Lunatic asylums Bombay report 1891-1903 - 1891-1903
Year: 1891
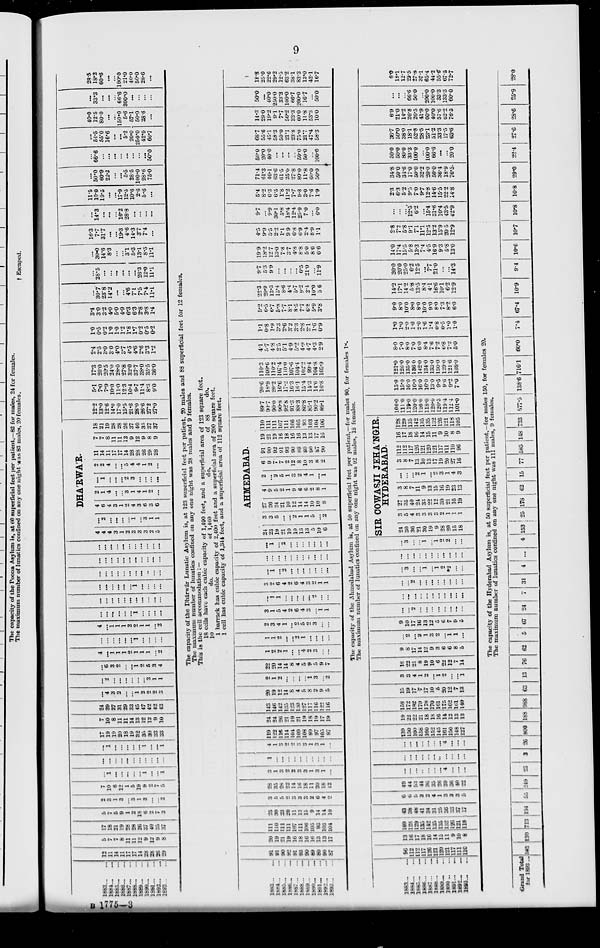
9
1883 ... ...
1884 ... ...
1885 ... ...
1886 ... ...
1887 ... ...
1888 ... ...
1889 ... ...
1890 ... ...
1891 ... ...
1892 ... ...
1893 ... ...
12
11
14
11
17
17
14
28
28
26
29
5
7
7
8
11
11
12
9
12
9
8
17
18
21
19
28
28
26
37
40
35
37
5
7
5
9
1
2
18
6
2
7
3
2
3
1
3
...
3
1
3
...
...
2
7
10
6
12
1
5
19
9
2
7
5
...
1
...
...
...
...
...
1
...
...
1
...
...
...
...
...
...
...
...
...
...
...
...
1
...
...
...
...
...
1
...
...
1
17
19
19
20
18
19
32
35
30
33
33
7
10
8
11
11
14
13
12
12
9
10
24
29
27
31
29
33
45
47
42
42
43
...
4
3
2
...
...
1
2
2
2
3
...
2
...
...
...
...
...
...
3
1
1
...
6
8
2
...
...
1
2
5
3
4
4
...
1
1
1
2
1
1
1
...
2
...
...
...
...
...
...
1
...
...
...
...
4
...
1
1
1
2
2
1
1
...
2
...
...
...
...
...
...
1
...
...
...
...
...
...
...
...
...
...
...
...
...
...
...
...
...
...
...
...
...
1
...
...
...
...
...
...
...
...
...
...
...
...
...
...
...
...
...
...
...
...
...
...
...
...
...
...
...
...
...
...
...
...
...
...
...
...
...
DHA'RWA'R.
4
4
4
3
1
2
3
3
3
2
5
...
2
...
...
...
...
1
...
3
1
1
4
6
4
3
1
2
4
3
6
3
6
2
1
4
...
...
3
1
4
1
2
...
...
1...
...
...
...
2
3
...
...
...
...
2
2
4
...
...
5
4
4
1
2
...
11
14
11
17
17
14
28
28
26
29
28
7
7
8
11
11
12
9
12
9
8
9
18
21
19
28
28
26
37
40
35
37
37
12.2
13.0
12.6
14.0
17.0
15.5
21.6
28.0
26.6
27.2
27.0
5.1
7.0
7.9
10.0
11.0
12.3
10.4
9.7
11.4
8.3
9.0
17.3
20.0
20.5
24.0
28.0
27.8
32.0
37.7
38.0
35.5
36.0
2.4
2.5
3.0
3.0
4.0
3.7
4.5
4.6
2.6
3.3
1.2
1.0
0.5
0.2
1.0
1.0
1.2
1.8
1.7
0.2
0.5
0.2
3.4
3.0
3.2
4.0
5.0
4.9
6.3
6.3
2.8
3.8
1.4
...
30.7
23.8
14.2
...
...
4.6
7.1
7.5
7.4
11.1
...
28.5
...
...
...
...
...
...
26.3
12.0
11.1
...
30.0
14.6
8.3
...
...
3.1
5.3
13.1
8.5
11.1
16.3
7.7
31.7
...
...
19.3
4.6
14.3
3.7
7.4
...
...
14.3
...
...
...
16.2
28.8
...
...
...
...
11.5
10.0
19.5
...
...
17.9
12.5
10.6
2.6
5.6
...
...
50.0
60.9
22.2
...
...
5.5
28.5
100.0
28.6
75.0
...
66.6
...
...
...
...
...
...
...
...
50.0
...
54.5
55.0
16.6
...
...
5.2
20.0
250.0
42.9
66.7
40.0
12.5
80.0
...
...
150.0
5.6
57.1
50.0
28.6
...
...
33.3
...
...
...
66.6
300.0
...
...
...
...
28.5
18.2
60.6
...
...
100. 0
21.0
40.0
50.0
28.6
...
The capacity of the Dhárwár Lunatic Asylum is, at 123 superficial feet per patient, 20 males and 88 superficial feet for 12 females.
The maximum number of lunatics confined on any one night was 28 males and 9 females.
This is the cell accommodation :—
18 cells have each cubic capacity of 1,490 feet, and a superficial area of 123 square feet.
10
do.
of 1,460
do.
of 88
do.
1 barrack has cubic capacity of 2,400 feet and a superficial area of 200 square feet.
1 cell has cubic capacity of 1,344 feet, and a superficial area of 112 square feet.
1883 ...
1884 ...
1885 ...
l886 ...
1887 ...
1888 ...
1889 ...
1890 ...
1891 ...
1892 ...
1893 ...
...
...
...
...
...
...
...
...
...
...
...
91
91
90
92
91
93
90
89
80
90
87
20
19
21
19
16
18
16
16
13
13
17
111
110
111
111
107
111
106
105
93
103
104
25
30
23
20
11
13
15
9
14
14
10
3
5
5
2
3
3
3
2
6
4
2
28
35
28
22
14
16
18
11
20
18
12
3
1
3
2
2
3
3
1
3
1
...
1
...
...
...
...
...
...
...
...
...
...
4
1
3
2
2
3
3
1
3
1
...
119
122
116
114
104
109
108
99
97
105
97
24
24
26
21
19
21
19
18
19
17
19
143
146
142
135
123
130
127
117
116
122
116
20
19
12
14
8
4
5
8
2
9
5
2
1
2
...
...
...
...
1
3
...
2
22
20
14
14
8
4
5
9
5
9
7
1
2
2
1
...
...
4
2
3
...
...
1
1
2
...
...
2
1
...
...
...
...
2
3
4
1
...
2
5
2
3
...
...
3
1
5
4
2
6
4
3
...
1
1
...
1
1
...
...
...
...
...
2
...
...
3
2
6
4
2
6
4
3
2
1
1
...
1
...
2
...
...
...
...
...
...
...
...
...
...
...
...
...
...
...
...
...
...
...
1
...
2
...
...
...
...
...
...
...
AHMEDABAD.
24
23
19
21
10
10
13
13
5
10
6
3
3
5
...
...
2
1
1
5
...
2
27
26
24
21
10
12
14
14
10
10
8
4
9
5
2
1
9
6
6
2
8
1
2
...
2
5
1
3
2
4
1
...
1
6
9
7
7
2
12
8
10
3
8
2
91
90
92
91
93
90
89
80
90
87
90
19
21
19
16
18
16
16
13
13
17
16
110
111
111
107
111
106
105
93
103
104
106
89.7
90.7
90.0
90.8
92.8
91.3
88.3
86.8
85.1
90.2
89.1
20.6
18.9
20.2
16.6
17.2
16.3
16.1
15.4
14.3
14.6
16.8
110.3
109.6
110.2
107.4
110.0
107.6
104.4
102.2
99.4
104.8
105.9
4.1
5.7
4.8
2.5
5.1
4.9
5.2
4.9
4.7
4.3
2. 9
1.1
0.8
1.9
3.3
2.6
3.2
3.3
2.8
2.1
1.6
0.9
5.2
6.5
6.7
5.8
7.7
8.1
8.5
7.7
6.8
5.9
3.8
22.3
20.9
13.3
15.4
8.6
4.4
5.7
9.2
2.4
10.0
5.6
9.7
5.3
9.9
...
...
...
...
6.5
21.0
...
11.9
19.9
18.2
12.7
13.0
7.3
3.7
4.8
8.8
5.0
8.6
6.6
4.5
9.9
5.5
2.2
1.1
9.9
6.8
6.9
2.4
8.9
1.1
9.7
...
9.9
30.1
5.8
18.4
12.4
25.9
7 .0
...
6.0
5.4
8.2
6.3
6.5
1.8
11.2
7.7
9.8
3.0
7.6
1.9
71.4
61.3
46.1
63.6
61.5
25.6
27.8
80.0
11.8
60.0
50.0
50.0
20.0
40.0
...
...
...
...
50.0
50.0
...
100.0
68.7
55.6
45.1
58.3
50.0
21.1
23.8
75.0
21.7
47.4
58.3
14.3
29.0
19.2
9.1
7.7
56.2
33.3
60.0
11.8
53.3
10.0
50.0
...
40.0
250.0
33.3
100.0
66.7
200.0
16.7
...
50.0
18.8
25.0
22.6
29.2
12.5
63.2
38.1
83.3
13.0
42.1
16.7
The capacity of the Ahmedabad Asylum is, at 50 superficial feet per patient,—for males 90, for females 18.
The maximum number of lunatics confined on any one night was 92 males, 18 females.
1883 ... ...
1884 ... ...
1885 ... ...
1886 ... ...
1887 ... ...
1888 ... ...
1889 ... ...
1890 ... ...
1891 ... ...
1892 ... ...
1893 ... ...
96
112
112
117
126
121
120
121
117
111
110
13
16
17
18
16
14
15
11
9
10
8
109
128
129
135
142
135
135
132
126
121
118
43
38
48
41
34
31
25
36
33
37
17
6
6
5
3
2
4
1
3
3
3
5
49
44
53
44
36
35
26
39
36
40
22
...
...
...
...
...
...
...
4
...
...
...
...
...
...
...
...
...
...
...
...
...
...
...
...
...
...
...
...
...
4
...
...
...
139
150
160
158
160
152
145
161
150
148
127
19
22
22
21
18
18
16
14
12
13
13
158
172
182
179
178
170
161
175
162
161
140
15
19
17
7
17
10
5
20
12
7
13
3
3
4
1
2
...
1
2
...
...
1
18
22
21
8
19
10
6
22
12
7
14
9
8
17
14
12
9
3
6
6
8
5
...
2
...
2
1
3
2
...
1
1
...
9
10
17
16
13
12
5
6
7
9
5
...
...
2
...
...
...
...
...
...
...
...
...
...
...
...
...
...
...
...
...
...
...
...
...
2
...
...
...
...
...
...
...
...
...
3
...
...
1
...
1
2
*2
...
...
...
...
...
...
...
...
...
...
...
...
...
...
3
...
...
1
...
1
2
2
...
...
SIR COWASJI JEHA'NGIR,
HYDERABAD.
24
30
36
21
30
19
9
28
20
15
18
3
5
4
3
3
3
3
2
1
1
1
27
35
40
24
33
22
12
30
21
16
19
3
8
7
11
9
13
15
16
19
23
13
...
...
...
2
1
...
2
3
1
4
3
3
8
7
13
10
13
17
19
20
27
16
112
112
117
126
121
120
121
117
111
110
96
16
17
18
16
14
15
11
9
10
8
9
128
129
135
142
135
135
132
126
121
118
105
106.0
111.0
119.0
120.0
126.0
118.0
120.0
120.5
119.4
112.4
101.0
15.0
15.0
16.0
16.0
16.0
16.0
13.0
9.5
9.6
9.2
7.0
121.0
126.0
135.0
136 0
142.0
134.0
133.0
130.0
129.0
121.6
108.0
8.0
7.0
8.0
7.0
6.0
8.4
7.6
7.2
6.8
7.2
5.0
1.0
1.0
2.0
1.0
2.0
1.6
1.4
0.8
0.5
1.0
1.0
9.0
8.0
10.0
8.0
8.0
100
90
8.0
73
8.2
6.0
14.2
17.1
14.2
5.8
13.5
8.4
4.1
16.6
10.0
6.2
12.9
20.0
20.0
25.0
6.2
12.5
...
7.7
21.0
...
...
14.3
14.0
17.4
15.5
5.8
13.3
7.4
4.5
16.9
9.3
5.8
13.0
2.8
7.2
5.8
9.1 7.1
11.1
12.5
13.2
15.9
20.5
12.9
...
...
...
12.5
6.2
...
15.4
31.6
10.4
43.5
42.9
2.3
6.3
5.2
3.5 7.0
9.7
12.8
14.6
15.5
22.2
14.8
34.8
50.0
34.6
17.0
50.0
32.2
20.0
50.0
36.4
18.9
76.5
50.0
50.0
80.0
33.3
100.0
...
100.0
66.6
...
...
20.0
36.7
50.0
38.0
18.1
52.8
28.5
23.1
51.2
33.3
17.5
63.6
6.9
21.0
14.2
26.8
26.5
41.9
60.0
40.0
57.6
62.2
76.5
...
...
...
66.6
50.0
...
200.0
100.0
33.3
133.3
60.0
6.0
18.1
12.7
29.5
27.8
37.1
65.4
44.2
55.6
67.5
72.7
The capacity of the Hyderabad Asylum is, at 50 superficial feet per patient,—for males 150, for females 20.
The maximum number of lunatics confined on any one night was 111 males, 9 females.
Grand Total
for 1893 .. 583 130 713 194
55 249 23
3 26 800 188 988 63 13 76 62
5 67 24
7
31
4 ... 4 153 25 178 62 15 77 585 148 733 577.5 138.6 716.1 60.0
7.4 67.4
10.9
9.4
10.6 10.7
10.8 10.8 29.0
22.4
27.6
28.6
25.9 28.0
B 1775—3